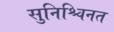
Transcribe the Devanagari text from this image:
सुनिश्चिनत